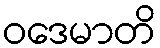
ဝဒေမာတိ